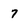
Character: 7